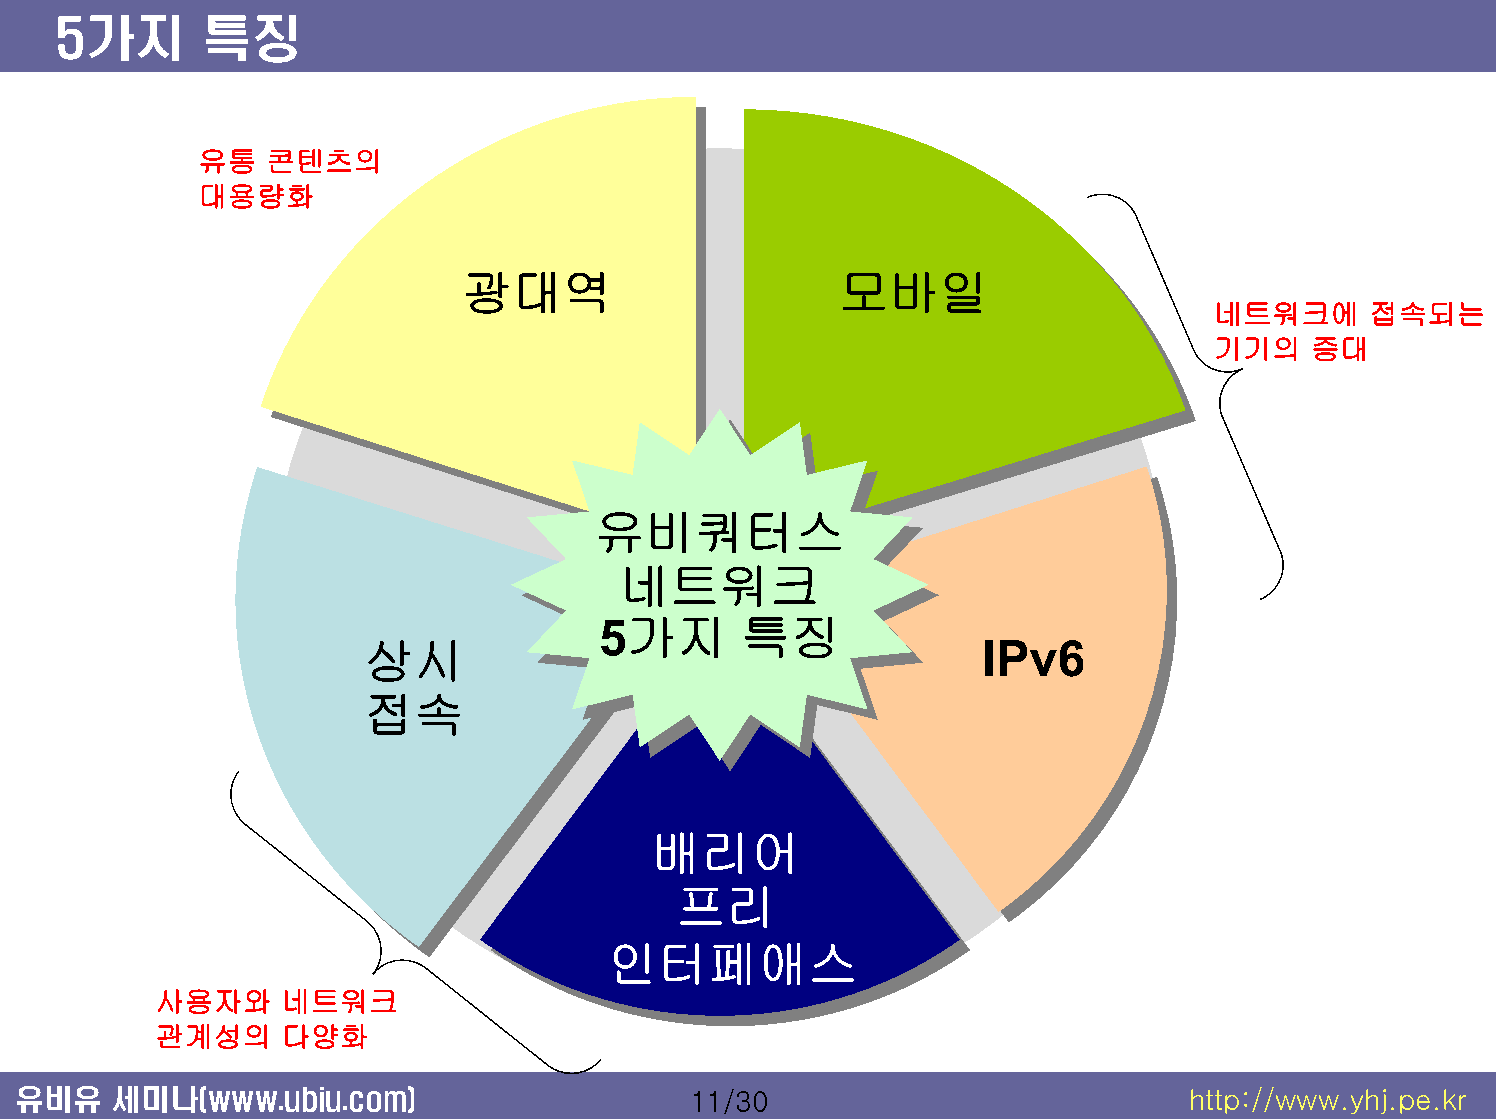
5가지       특징
 유통  콘텐츠의
 대용량화
 광대역                      모바일
 네트워크에     접속되는
 기기의   증대
 유비쿼터스
 유비쿼터스
 네트워크
 네트워크
 5가지       특징
 5가지      특징
 상시                                       IPv6
 접속
 배리어
 프리
 인터페애스
 사용자와    네트워크
 관계성의    다양화
 유비유   세미나(www.ubiu.com)                     11/30                            http://www.yhj.pe.kr